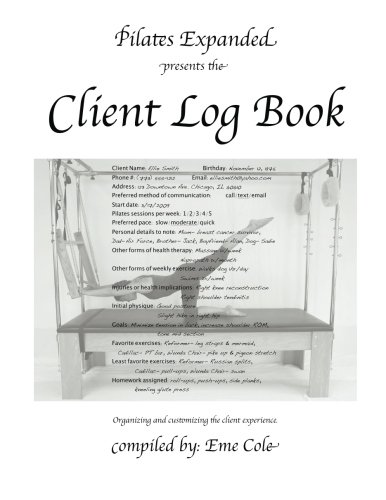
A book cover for Pilates Expanded presents the Client Log Book; Eme Cole; Health, Fitness & Dieting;